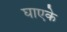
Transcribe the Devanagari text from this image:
घाएके